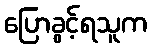
ပြောခွင့်ရသူက